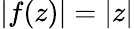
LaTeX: |f(z)|=|z|